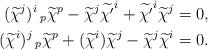
LaTeX: \begin{align*}(\widetilde{\chi}^{j})^{i}\,_{p}\widetilde{\chi}^{p}-\widetilde{\chi}^{j}\widetilde{\chi'}^{i}+\widetilde{\chi'}^{i}\widetilde{\chi}^{j}=0,\\(\widetilde{\chi}^{i})^{j}\,_{p}\widetilde{\chi}^{p}+(\widetilde{\chi}^{i})\widetilde{\chi}^{j}-\widetilde{\chi}^{j}\widetilde{\chi}^{i}=0.\end{align*}